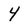
Character: 4